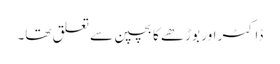
ڈاکٹر اور بوڑھے کا بچپن سے تعلق تھا۔